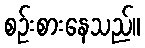
စဉ်းစားနေသည်။